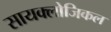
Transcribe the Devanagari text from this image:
सायक्लोजिकल